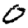
Digit: 0